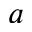
a